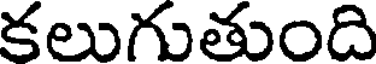
కలుగుతుంది